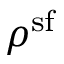
\rho ^ { \mathrm { s f } }